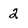
Character: 2